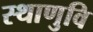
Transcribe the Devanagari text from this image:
स्थाणुवि